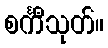
စင်္ကီသုတ်။